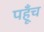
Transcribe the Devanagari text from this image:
पहूँच